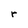
Character: r